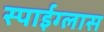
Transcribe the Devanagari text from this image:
स्पाईग्लास